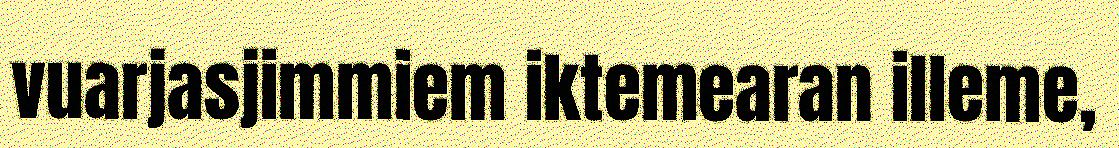
vuarjasjimmiem iktemearan illeme,